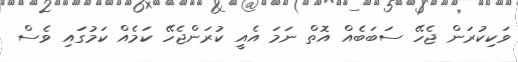
ވަކިކުރަން ޖެހޭ ސަބަބެއް އޮތް ނަމަ އެއީ ކުރަންޖެހޭ ކަމެެއް ކަމުގައި ވެސް